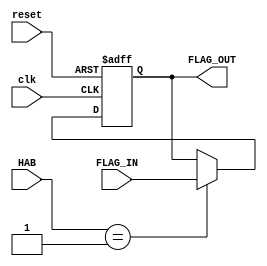
`timescale 1ns / 1ps

module Flags(
    input [2:0] FLAG_IN,
    input clk,
    input reset,
    input [2:0] HAB,
    output reg [2:0] FLAG_OUT
    );
always@(posedge clk, posedge reset)
    begin
        if (reset == 1)
            FLAG_OUT <= 3'b000;
        else
            if(HAB == 001)
                FLAG_OUT <= FLAG_IN;
    end
endmodule